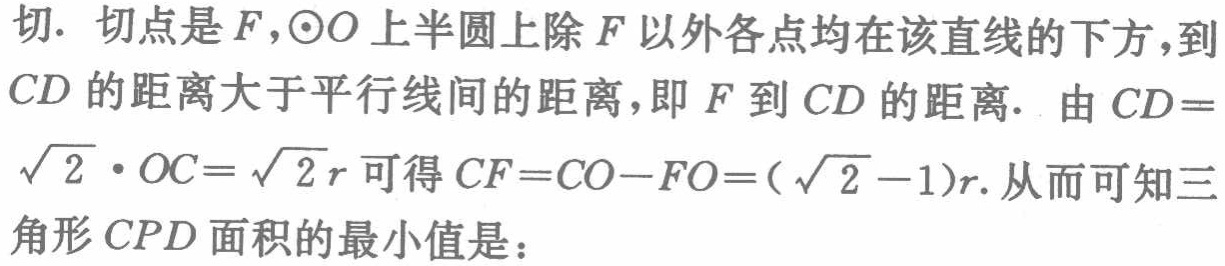
切. 切点是\(F\)，\(\odot O\)上半圆上除\(F\)以外各点均在该直线的下方，到\(CD\)的距离大于平行线间的距离，即\(F\)到\(CD\)的距离. 由\(CD = \sqrt{2}\cdot OC=\sqrt{2}r\)可得\(CF = CO - FO = (\sqrt{2}-1)r\). 从而可知三角形\(CPD\)面积的最小值是：